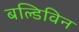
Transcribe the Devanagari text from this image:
बल्डिविन